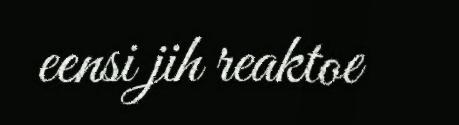
eensi jih reaktoe